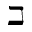
\beth